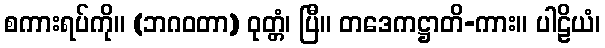
စကားရပ်ကို။ (ဘဂဝတာ) ဝုတ္တံ၊ ပြီ။ တဒေကဋ္ဌာတိ-ကား။ ပါဠိယံ၊